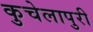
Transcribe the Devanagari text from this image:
कुचेलापुरी